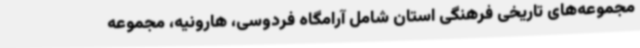
مجموعه‌های تاریخی فرهنگی استان شامل آرامگاه فردوسی، هارونیه، مجموعه